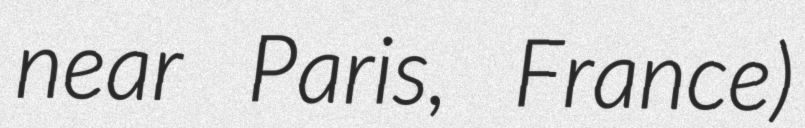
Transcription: near Paris, France)